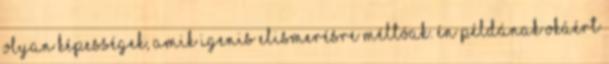
olyan képességek, amik igenis elismerésre méltóak. Én példának okáért